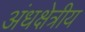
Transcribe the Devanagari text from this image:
अंधक्षेत्रीय